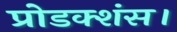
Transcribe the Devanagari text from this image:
प्रोडक्शंस।